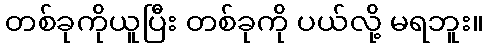
တစ်ခုကိုယူပြီး တစ်ခုကို ပယ်လို့ မရဘူး။